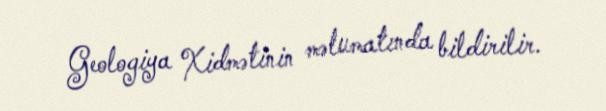
Geologiya Xidmətinin məlumatında bildirilir.